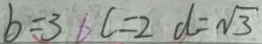
b = 3 6 c = 2 d = \sqrt { 3 }